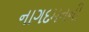
નાગદમનની